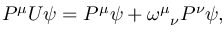
P ^ { \mu } U \psi = P ^ { \mu } \psi + \omega ^ { \mu } { } _ { \nu } P ^ { \nu } \psi ,